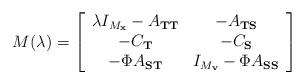
LaTeX: \begin{align*}M(\lambda)=\left[\begin{array}{cc}\lambda I_{M_{\rm\bf x}}-A_{\rm\bf TT} & -A_{\rm\bf TS} \\-C_{\rm\bf T} & -C_{\rm\bf S} \\-\Phi A_{\rm\bf ST} & I_{M_{\rm\bf v}}-\Phi A_{\rm\bf SS} \end{array}\right] \end{align*}